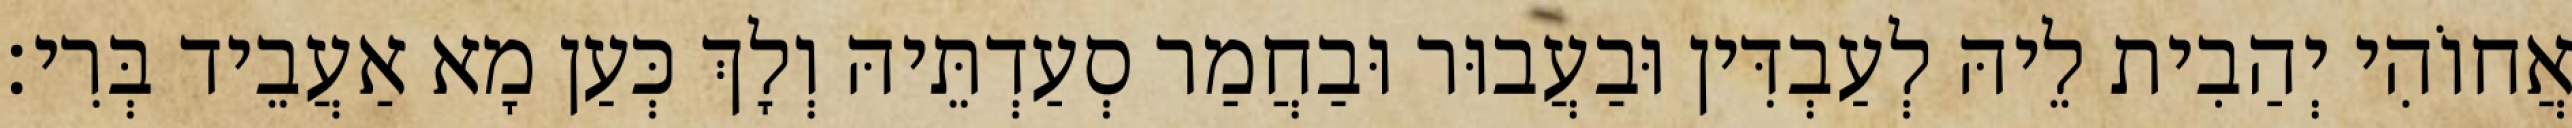
אֲחוֹהִי יְהַבִית לֵיהּ לְעַבְדִּין וּבַעֲבוּר וּבַחֲמַר סְעַדְתֵּיהּ וְלָךְ כְּעַן מָא אַעֲבֵיד בְּרִי׃